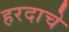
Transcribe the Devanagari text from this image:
हरदाचे